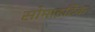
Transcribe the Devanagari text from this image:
सोमाइटिक